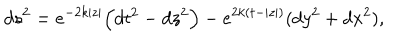
LaTeX: d s ^ { 2 } = e ^ { - 2 k | z | } \Big ( d t ^ { 2 } - d z ^ { 2 } \Big ) - e ^ { 2 k ( t - | z | ) } ( d y ^ { 2 } + d x ^ { 2 } ) ,